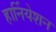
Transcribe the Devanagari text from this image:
हार्नियेशन